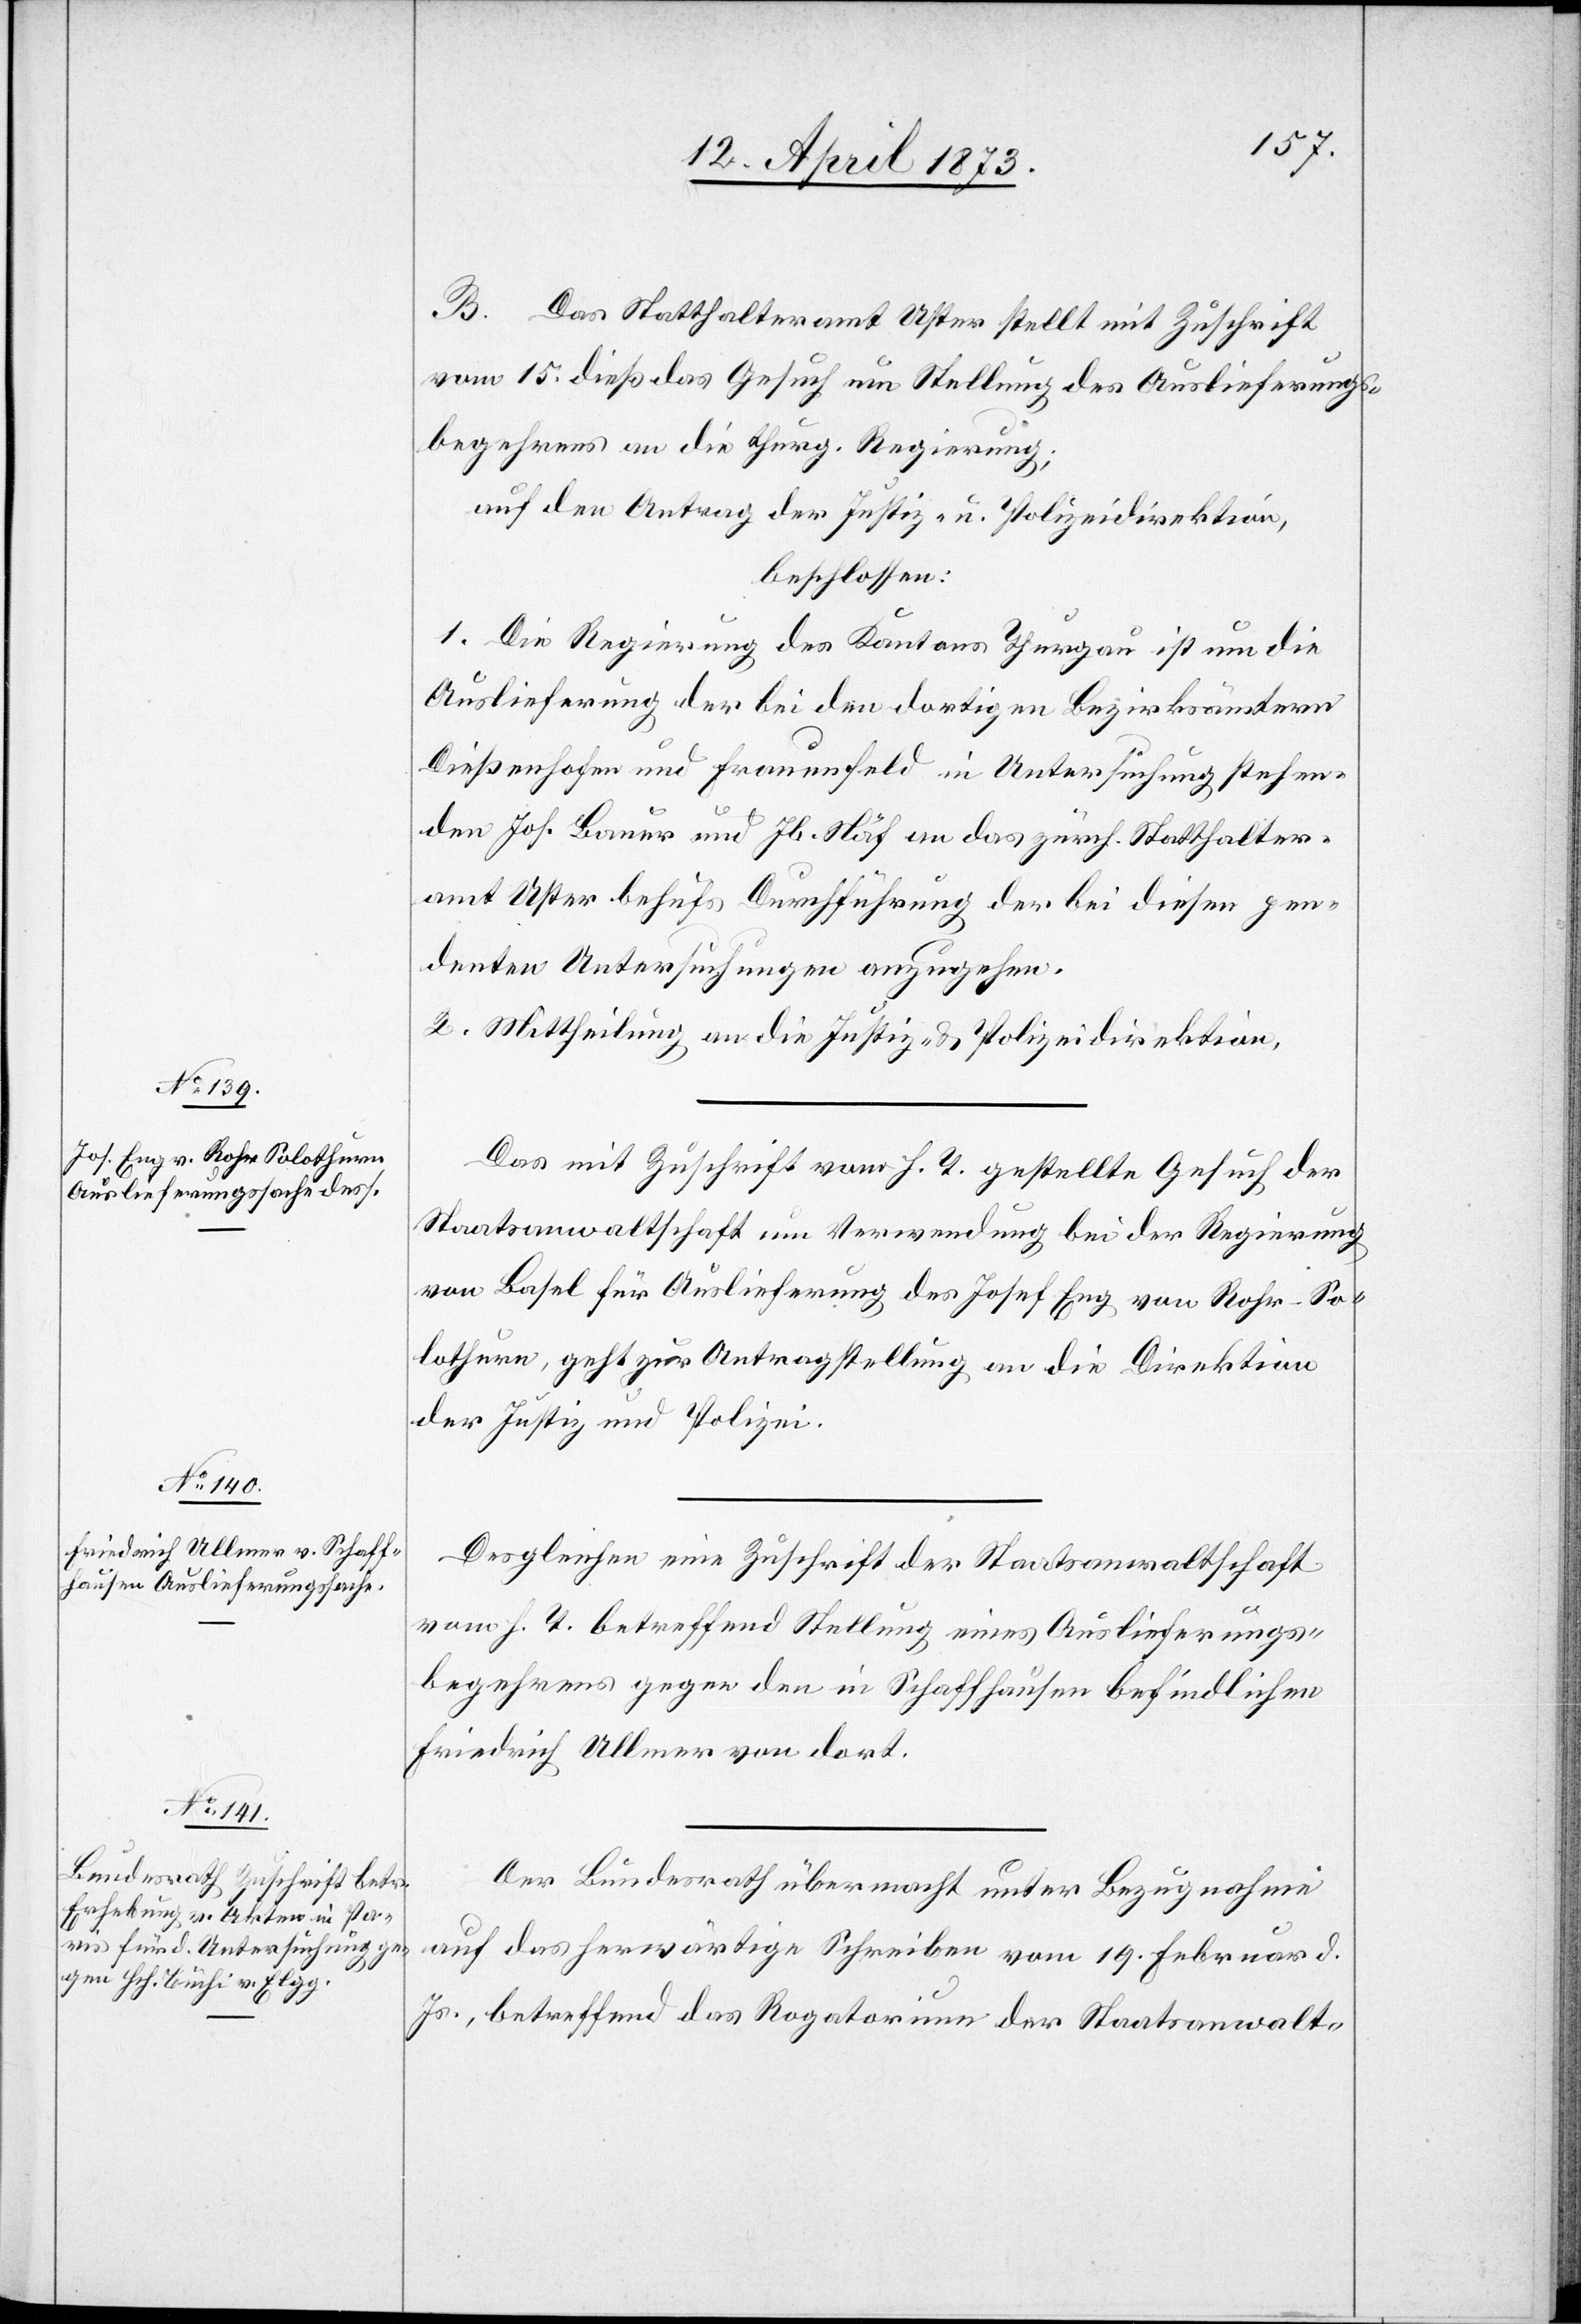
16. April 1873.]
B. Das Statthalteramt Uster stellt mit Zuschrift
vom 15. dieß das Gesuch um Stellung des Auslieferungs¬
begehrens an die thurg. Regierung;
auf den Antrag der Justiz- u. Polizeidirektion,
beschlossen:
1. Die Regierung des Kantons Thurgau ist um die
Auslieferung der bei den dortigen Bezirksämtern
Dießenhofen und Frauenfeld in Untersuchung stehen¬
den Jos. Bauer und Jb. Näf an das zürch. Statthalter¬
amt Uster behufs Durchführung der bei diesen pen¬
denten Untersuchungen anzugehen.
2. Mittheilung an die Justiz- & Polizeidirektion.
Das mit Zuschrift vom h. T. gestellte Gesuch der
Staatsanwaltschaft um Verwendung bei der Regierung
von Basel für Auslieferung des Josef Eng von Rohr-So¬
lothurn, geht zur Antragstellung an die Direktion
der Justiz und Polizei.
Desgleichen eine Zuschrift der Staatsanwaltschaft
vom h. T. betreffend Stellung eines Auslieferungs¬
begehrens gegen den in Schaffhausen befindlichen
Friedrich Ullmer von dort.
Der Bundesrath übermacht unter Bezugnahme
auf das herwärtige Schreiben vom 19. Februar d.
Js., betreffend das Rogatorium der Staatsanwalt-